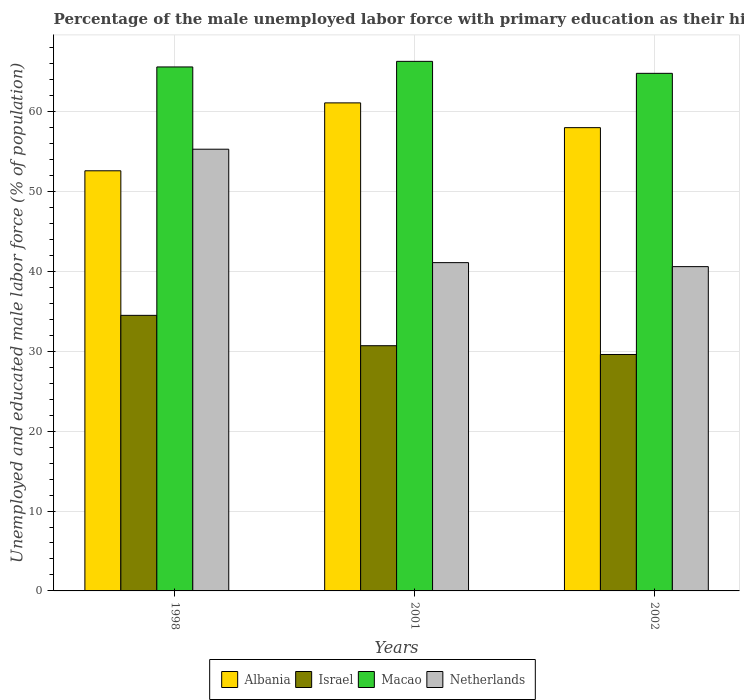
| Years | Albania | Israel | Macao | Netherlands |
 | --- | --- | --- | --- | --- |
 | 1998 | 52.6 | 34.5 | 65.6 | 55.3 |
 | 2001 | 61.1 | 30.7 | 66.3 | 41.1 |
 | 2002 | 58 | 29.6 | 64.8 | 40.6 |